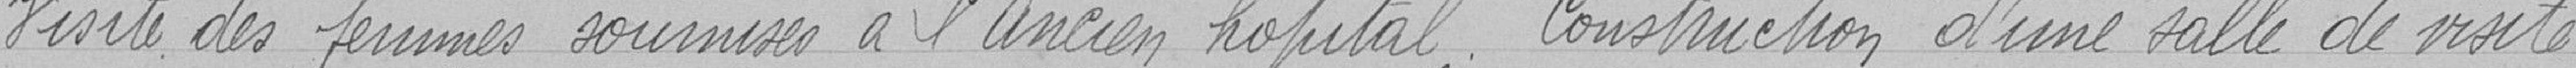
Visite des femmes soumises à l'ancien hôpital. Construction d'une salle de visites